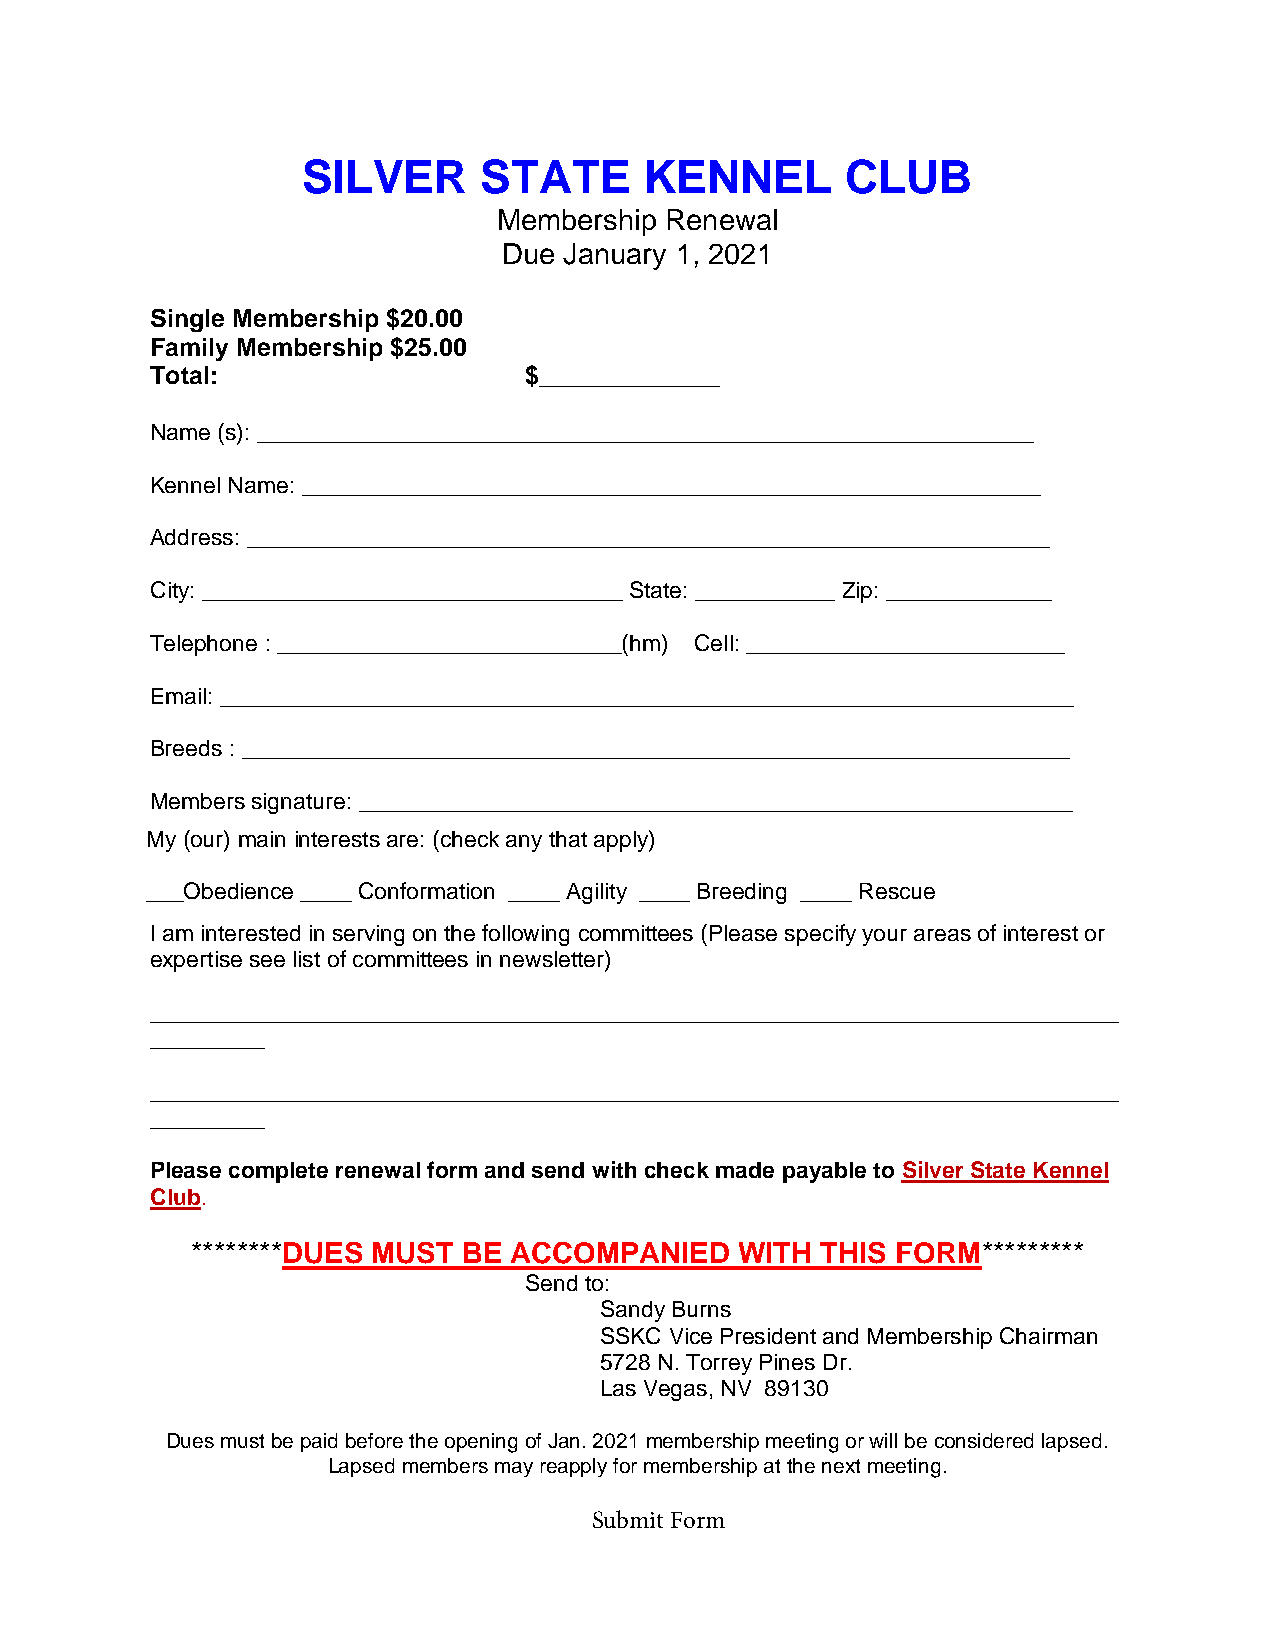
SILVER      STATE      KENNEL       CLUB
 Membership Renewal
 Due January 1, 2021
 Single Membership $20.00
 Family Membership $25.00
 Total:                   $_____________
 Name (s): _____________________________________________________________
 Kennel Name: __________________________________________________________
 Address: _______________________________________________________________
 City: _________________________________ State: ___________ Zip: _____________
 Telephone : ___________________________(hm) Cell: _________________________
 Email: ___________________________________________________________________
 Breeds : _________________________________________________________________
 Members signature: ________________________________________________________
 My (our) main interests are: (check any that apply)
 ___Obedience ____ Conformation ____ Agility ____ Breeding ____ Rescue
 I am interested in serving on the following committees (Please specify your areas of interest or
 expertise see list of committees in newsletter)
 ____________________________________________________________________________
 _________
 ____________________________________________________________________________
 _________
 Please complete renewal form and send with check made payable to Silver State Kennel
 Club.
 ********DUES MUST BE ACCOMPANIED    WITH THIS FORM*********
 Send to:
 Sandy Burns
 SSKC Vice President and Membership Chairman
 5728 N. Torrey Pines Dr.
 Las Vegas, NV 89130
 Dues must be paid before the opening of Jan. 2021 membership meeting or will be considered lapsed.
 Lapsed members may reapply for membership at the next meeting.
 Submit Form